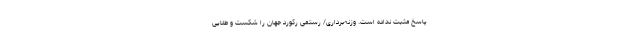
پاسخ مثبت نداده است. وزنه‌برداری/ رستمی رکورد جهان را شکست و طلایی